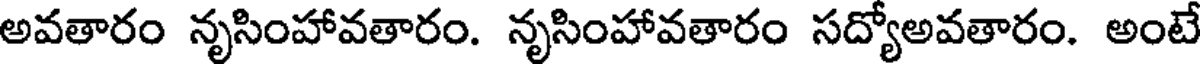
అవతారం నృసింహావతారం. నృసింహావతారం సద్యోఅవతారం. అంటే